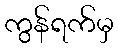
ကွန်ရက်မှ